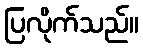
ပြလိုက်သည်။